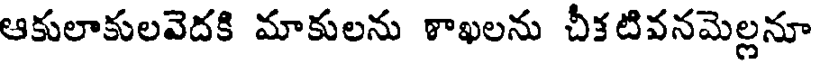
ఆకులాకులవెదకి మాకులను ళాఖలను చీకటివనమెల్లనూ